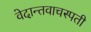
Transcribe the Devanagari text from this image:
वेदान्तवाचस्पती